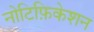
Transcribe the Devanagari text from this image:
नोटिफ़िकेशन